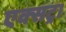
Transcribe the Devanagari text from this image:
एक्‍सट्रा